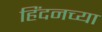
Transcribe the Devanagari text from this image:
हिंदनच्या